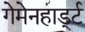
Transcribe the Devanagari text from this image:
गेमेनहार्ड्ट